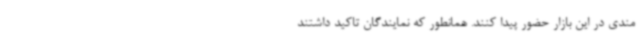
مندی در این بازار حضور پیدا کنند. همانطور که نمایندگان تاکید داشتند